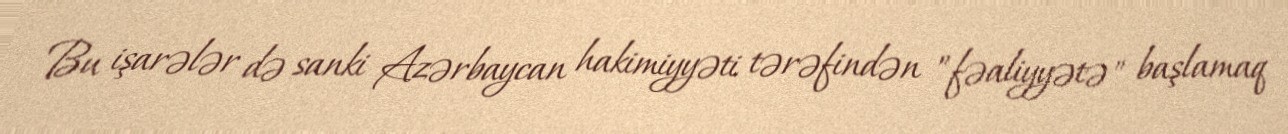
Bu işarələr də sanki Azərbaycan hakimiyyəti tərəfindən ”fəaliyyətə" başlamaq